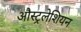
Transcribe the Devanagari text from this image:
औस्ट्रलेशियन